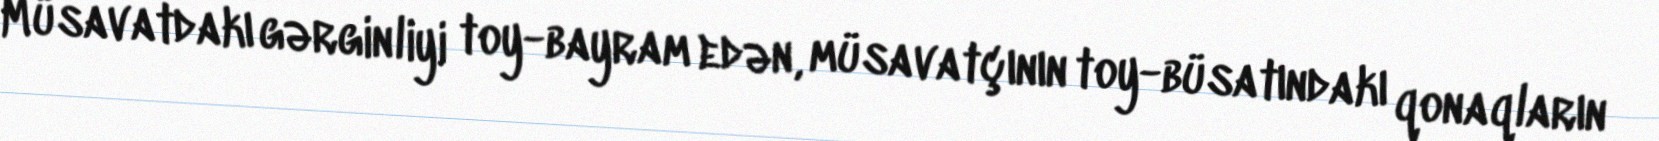
Müsavatdakı gərginliyi toy-bayram edən, müsavatçının toy-büsatındakı qonaqların